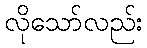
လိုသော်လည်း